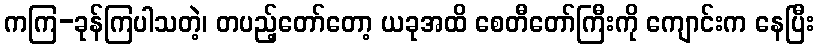
ကကြ-ခုန်ကြပါသတဲ့၊ တပည့်တော်တော့ ယခုအထိ စေတီတော်ကြီးကို ကျောင်းက နေပြီး